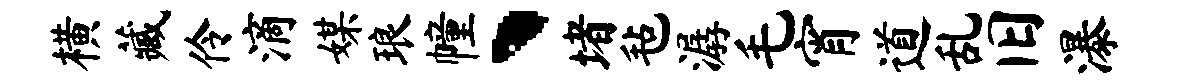
横藏伶滴媒琅幢、堵毡潺毛宵道乱旧瀑